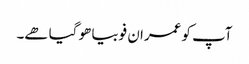
آپ کو عمران فوبیا ھو گیا ھے۔